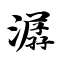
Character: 潺